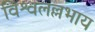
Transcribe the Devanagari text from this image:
विश्वलल्लभाय